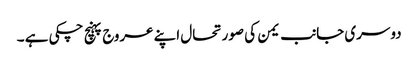
دوسری جانب یمن کی صورتحال اپنے عروج پہنچ چکی ہے ۔